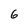
Character: 6